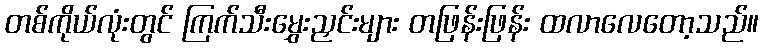
တစ်ကိုယ်လုံးတွင် ကြက်သီးမွှေးညှင်းများ တဖြန်းဖြန်း ထလာလေတော့သည်။